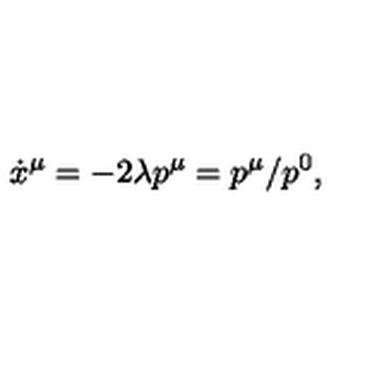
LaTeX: \dot { x } ^ { \mu } = - 2 \lambda p ^ { \mu } = p ^ { \mu } / p ^ { 0 } ,